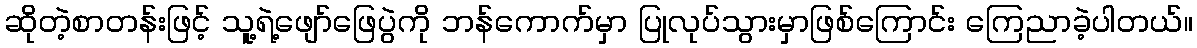
ဆိုတဲ့စာတန်းဖြင့် သူ့ရဲ့ဖျော်ဖြေပွဲကို ဘန်ကောက်မှာ ပြုလုပ်သွားမှာဖြစ်ကြောင်း ကြေညာခဲ့ပါတယ်။